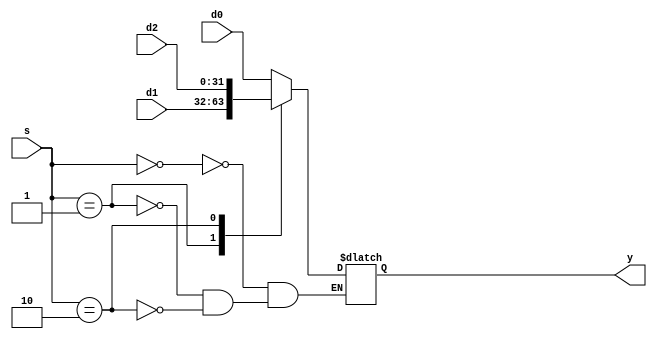

`timescale 1ns/1ns


module mux3 (d0,d1,d2,s,y);

parameter n=32;

input [n-1:0] d0,d1,d2;
input [1:0] s;
output reg [n-1:0] y;

always @* begin

    case(s)
        2'b00: y<=d0;
        2'b01: y<=d1;
        2'b10: y<=d2;
    endcase
    
end

endmodule